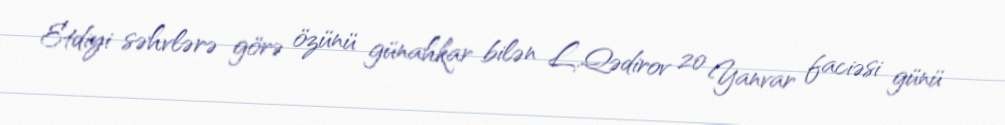
Etdiyi səhvlərə görə özünü günahkar bilən L.Qədirov 20 Yanvar faciəsi günü